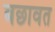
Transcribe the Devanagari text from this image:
बछावत